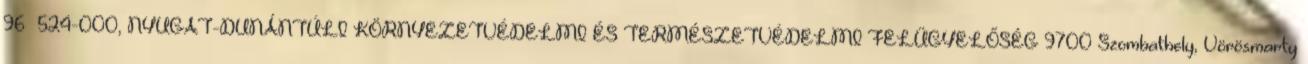
96 524-000, NYUGAT-DUNÁNTÚLI KÖRNYEZETVÉDELMI ÉS TERMÉSZETVÉDELMI FELÜGYELŐSÉG 9700 Szombathely, Vörösmarty